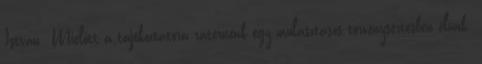
István: Mielőtt a tájékoztatóra rátérnénk egy mulasztásos törvénysértésben élünk.